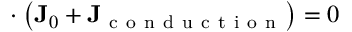
\mathbf { \nabla } \cdot \left( \mathbf { J } _ { 0 } + \mathbf { J } _ { \mathrm { ~ c ~ o ~ n ~ d ~ u ~ c ~ t ~ i ~ o ~ n ~ } } \right) = 0